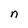
Character: n